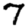
Digit: 7